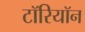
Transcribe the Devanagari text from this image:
टॉरियॉन